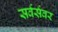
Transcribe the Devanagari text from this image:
सर्वर्सवर